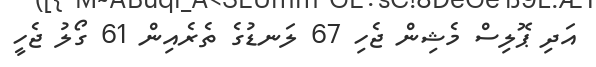
އަދި ޕޮލިސް މެޝިން ޖެހި 67 ލަނޑުގެ ތެރެއިން 61 ގޯލު ޖެހީ